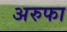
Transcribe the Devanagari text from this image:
अरुफा